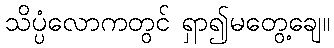
သိပ္ပံလောကတွင် ရှာ၍မတွေ့ချေ။